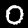
Label: 0